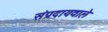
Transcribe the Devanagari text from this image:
संप्रदायवाले